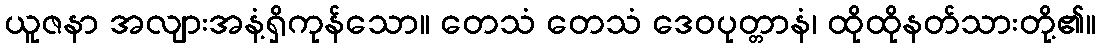
ယူဇနာ အလျားအနံ့ရှိကုန်သော။ တေသံ တေသံ ဒေဝပုတ္တာနံ၊ ထိုထိုနတ်သားတို့၏။